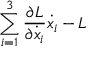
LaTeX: \sum _ { i = 1 } ^ { 3 } { \frac { \partial L } { \partial { \dot { x } } _ { i } } } { \dot { x _ { i } } } - L